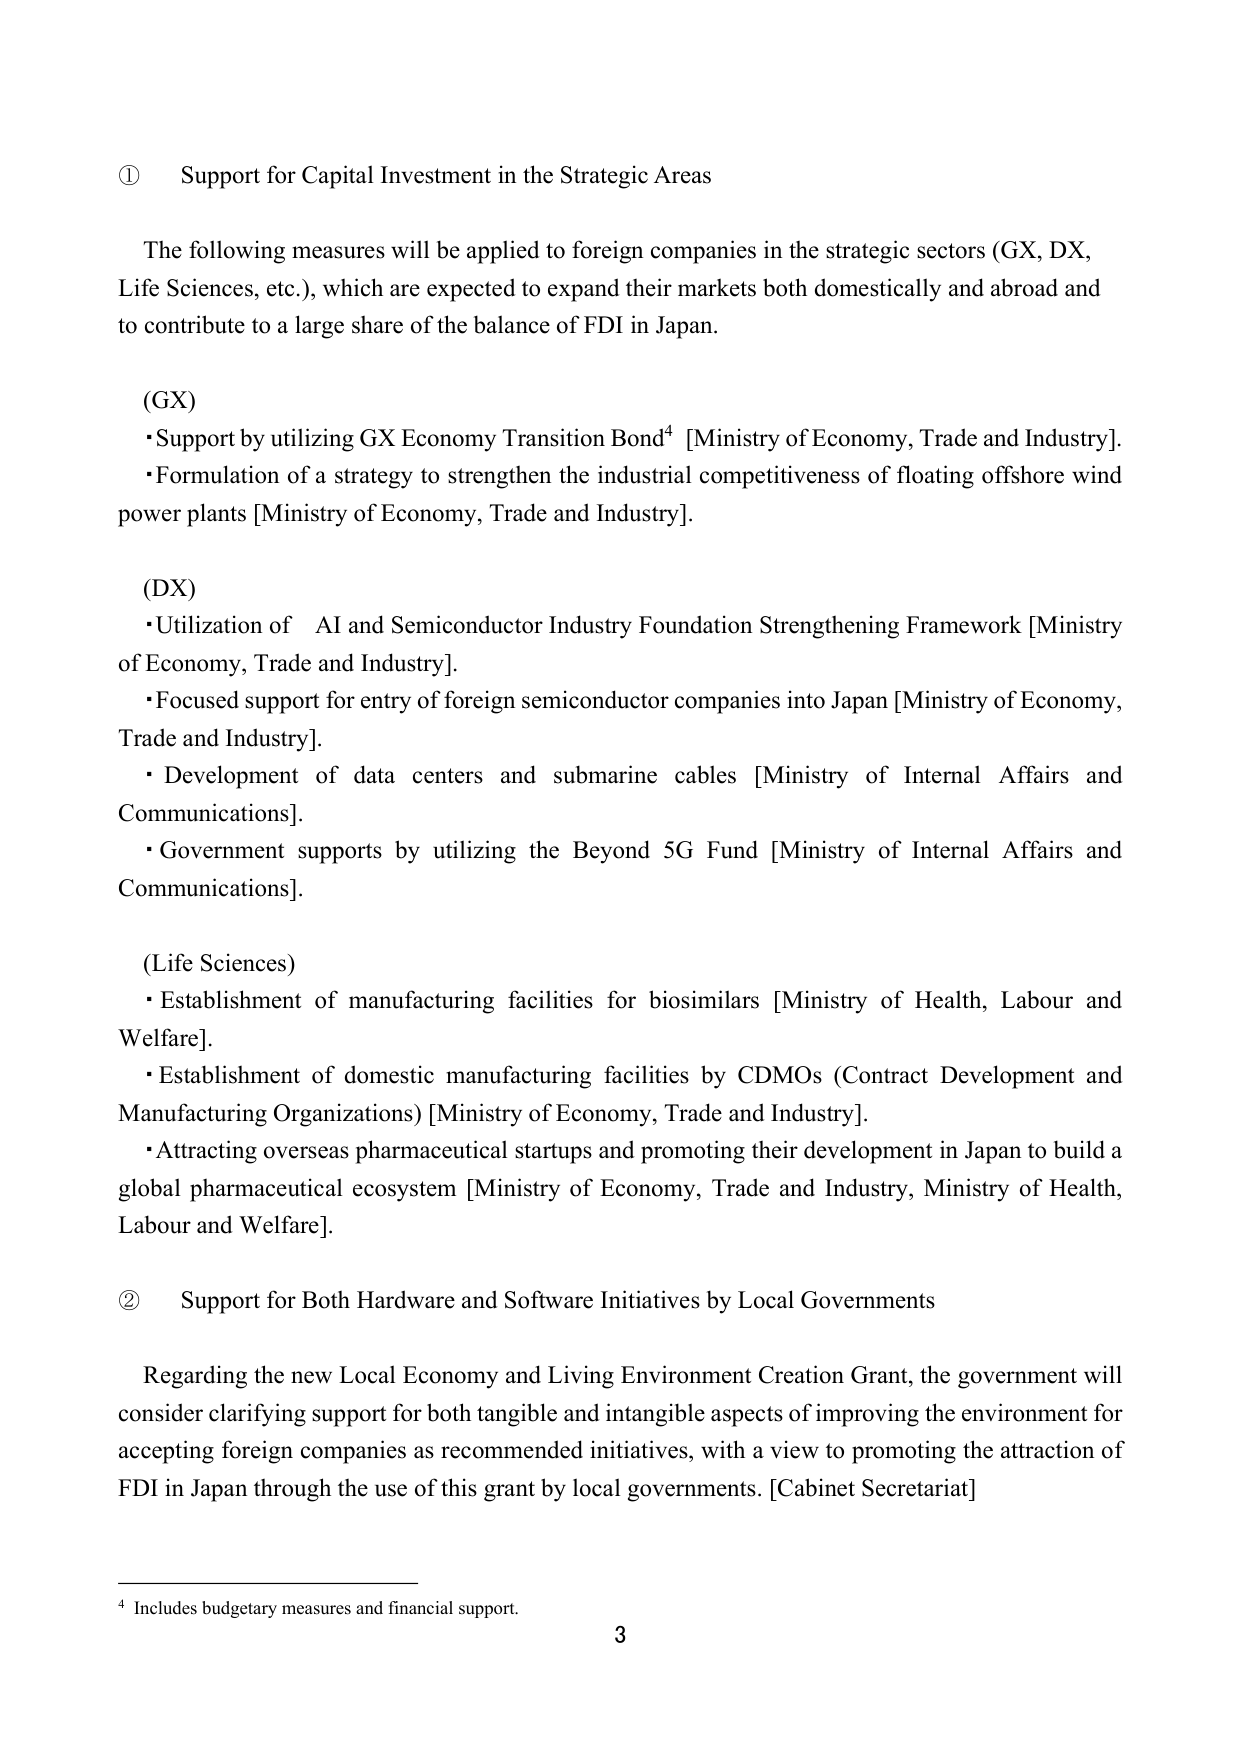
① Support for Capital Investment in the Strategic Areas

The following measures will be applied to foreign companies in the strategic sectors (GX, DX, Life Sciences, etc.), which are expected to expand their markets both domestically and abroad and to contribute to a large share of the balance of FDI in Japan.

(GX)
• Support by utilizing GX Economy Transition Bond⁴ [Ministry of Economy, Trade and Industry].
• Formulation of a strategy to strengthen the industrial competitiveness of floating offshore wind power plants [Ministry of Economy, Trade and Industry].

(DX)
• Utilization of AI and Semiconductor Industry Foundation Strengthening Framework [Ministry of Economy, Trade and Industry].
• Focused support for entry of foreign semiconductor companies into Japan [Ministry of Economy, Trade and Industry].
• Development of data centers and submarine cables [Ministry of Internal Affairs and Communications].
• Government supports by utilizing the Beyond 5G Fund [Ministry of Internal Affairs and Communications].

(Life Sciences)
• Establishment of manufacturing facilities for biosimilars [Ministry of Health, Labour and Welfare].
• Establishment of domestic manufacturing facilities by CDMOs (Contract Development and Manufacturing Organizations) [Ministry of Economy, Trade and Industry].
• Attracting overseas pharmaceutical startups and promoting their development in Japan to build a global pharmaceutical ecosystem [Ministry of Economy, Trade and Industry, Ministry of Health, Labour and Welfare].

② Support for Both Hardware and Software Initiatives by Local Governments

Regarding the new Local Economy and Living Environment Creation Grant, the government will consider clarifying support for both tangible and intangible aspects of improving the environment for accepting foreign companies as recommended initiatives, with a view to promoting the attraction of FDI in Japan through the use of this grant by local governments. [Cabinet Secretariat]

⁴ Includes budgetary measures and financial support.

3